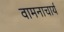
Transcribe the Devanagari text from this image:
वामनाचार्य